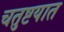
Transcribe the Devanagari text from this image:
चतुष्टयात